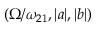
\left( \Omega / \omega _ { 2 1 } , | a | , | b | \right)